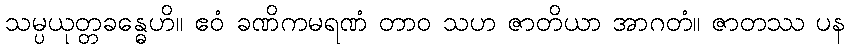
သမ္ပယုတ္တခန္ဓေဟိ။ ဧဝံ ခဏိကမရဏံ တာဝ သဟ ဇာတိယာ အာဂတံ။ ဇာတဿ ပန